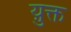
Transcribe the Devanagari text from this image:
य़ुक्त